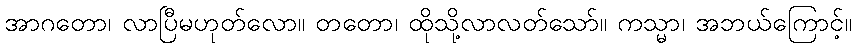
အာဂတော၊ လာပြီမဟုတ်လော။ တတော၊ ထိုသို့လာလတ်သော်။ ကသ္မာ၊ အဘယ်ကြောင့်။